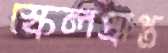
স্কেলপ্রাপ্ত